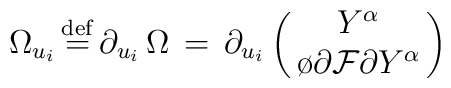
\Omega_{u_i}\,{\stackrel{\rm def}{=}}\,\partial_{u_i} \,\Omega\, =\,\partial_{u_i}\left ( \matrix { Y^{\alpha}\cr{\o{\partial {\cal F}}{\partial Y^{\alpha}}}\cr} \right)